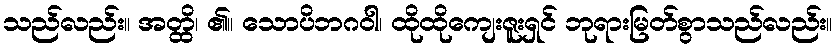
သည်လည်း။ အတ္ထိ၊ ၏။ သောပိဘဂဝါ၊ ထိုထိုကျေးဇူးရှင် ဘုရားမြတ်စွာသည်လည်း။